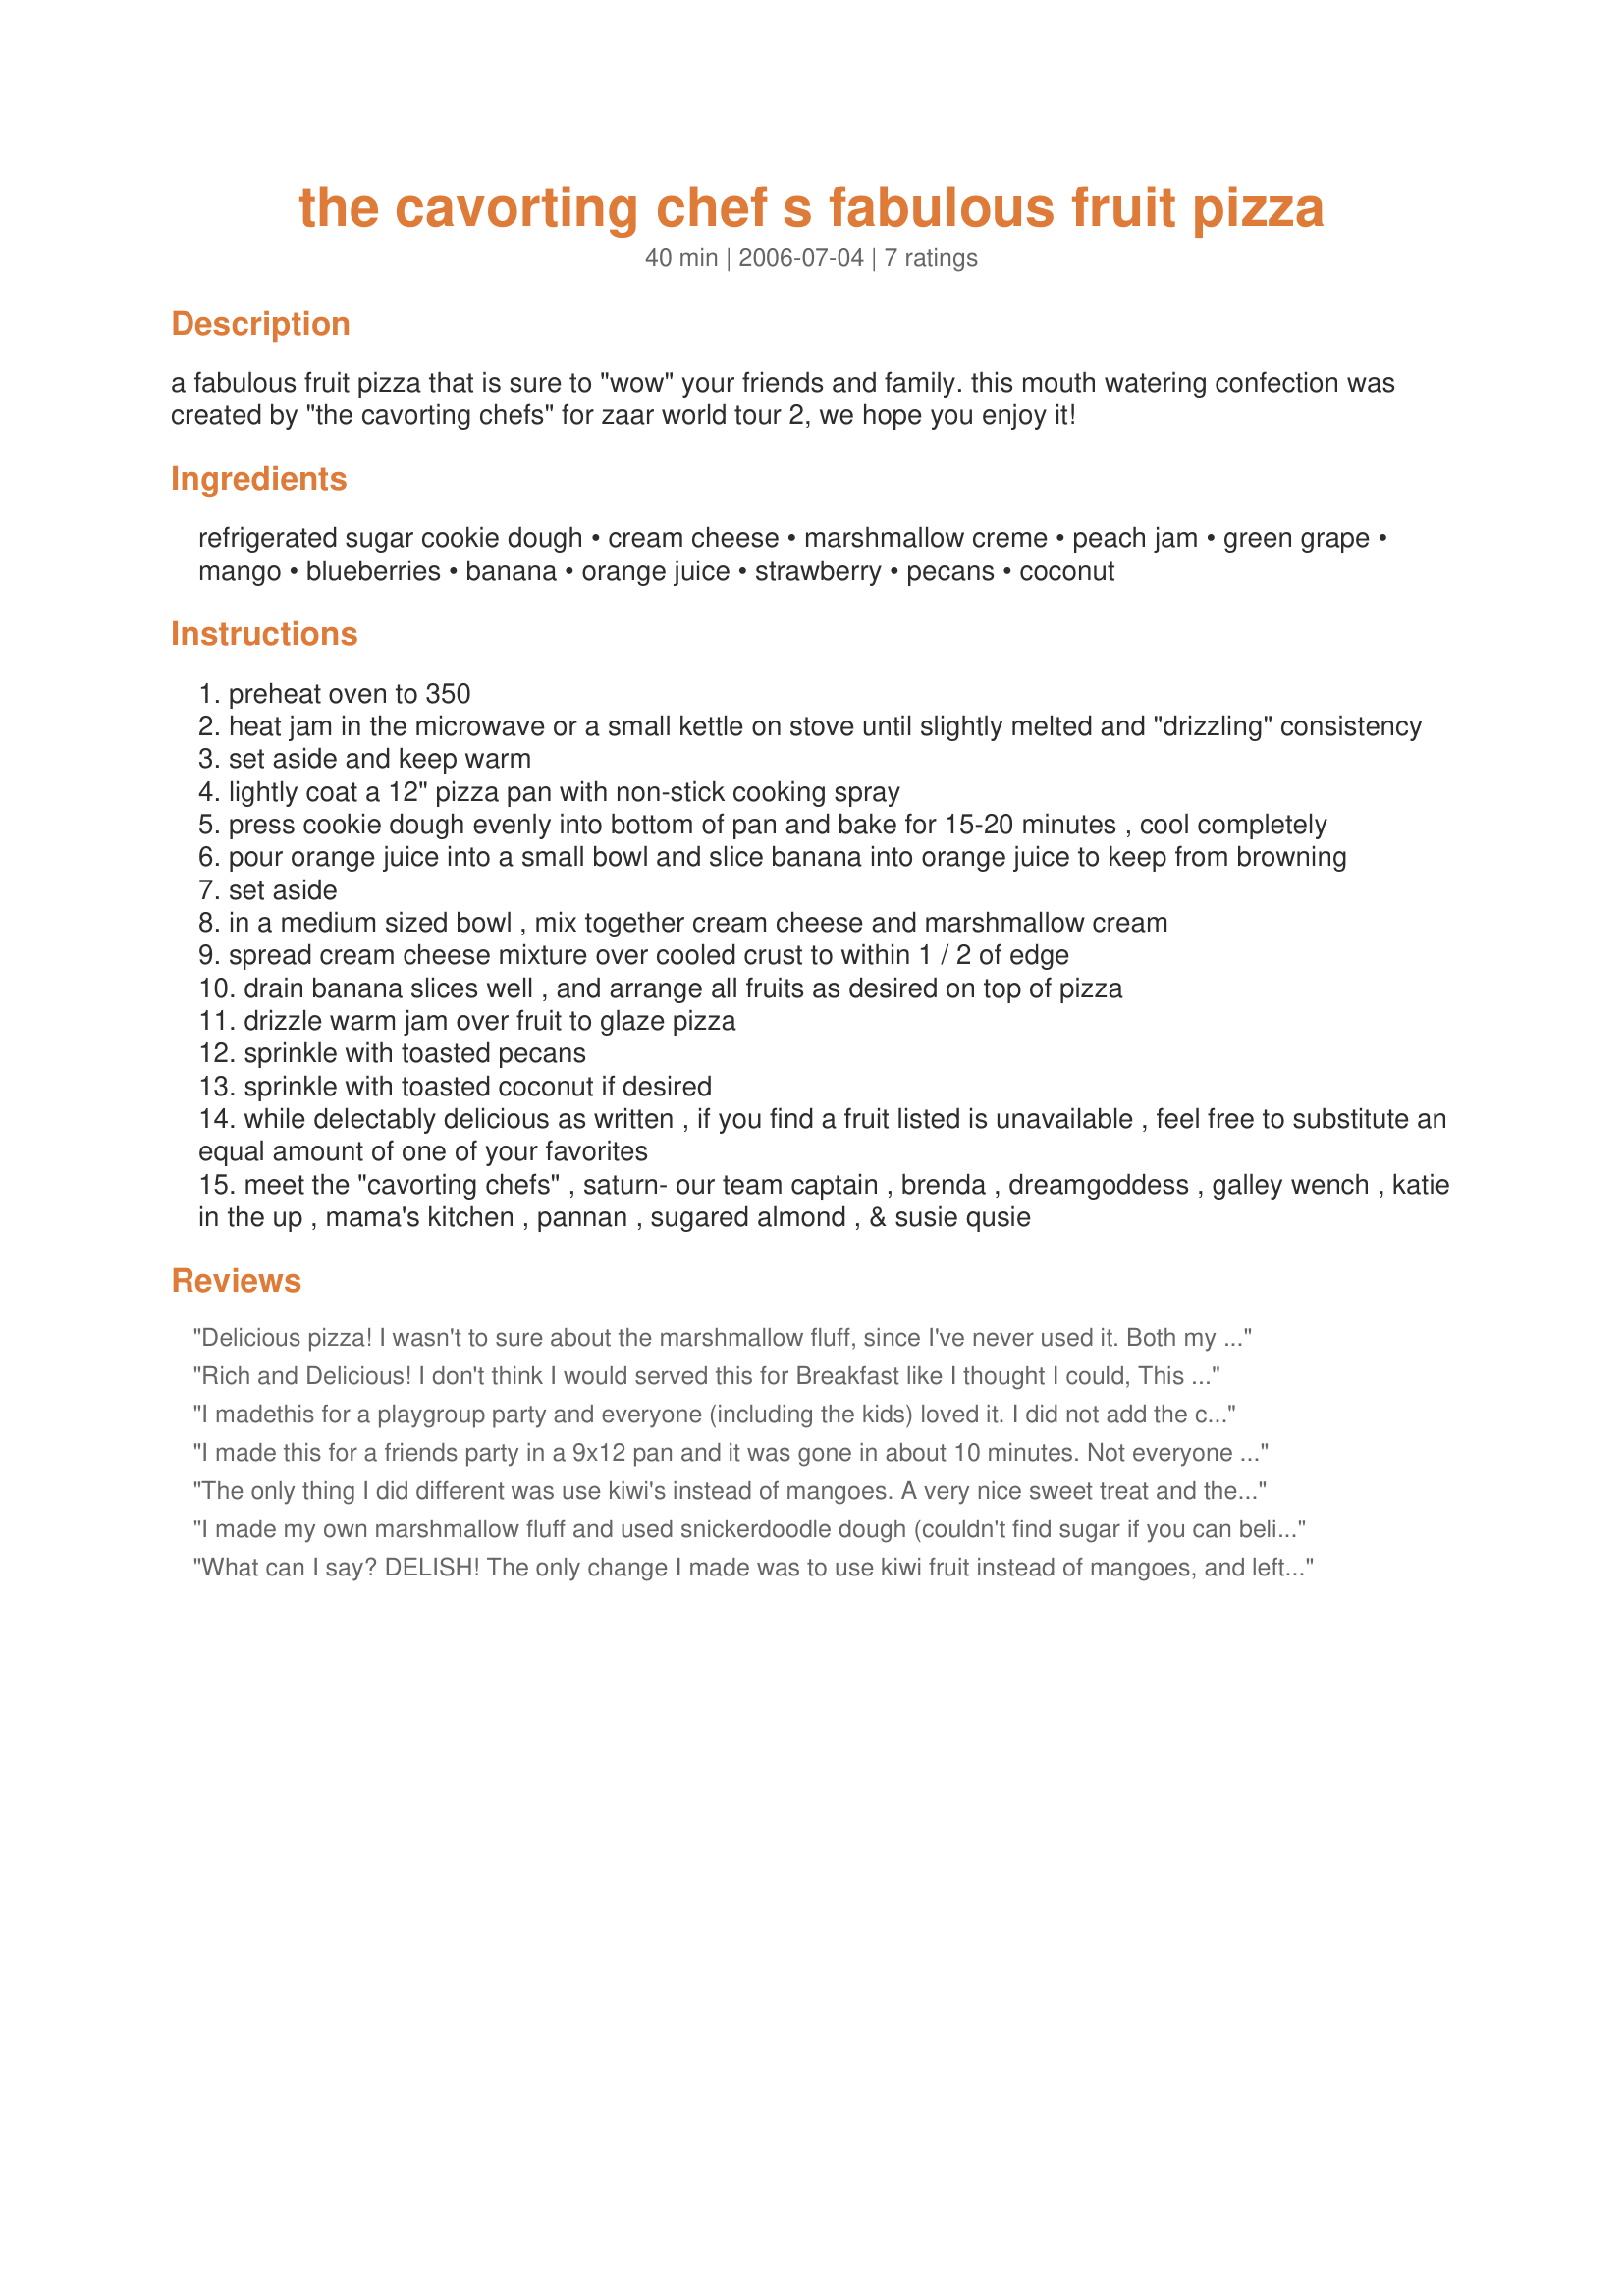
the cavorting chef s fabulous fruit pizza
Preparation time: 40 minutes

a fabulous fruit pizza that is sure to "wow" your friends and family. this mouth watering confection was created by "the cavorting chefs" for zaar world tour 2, we hope you enjoy it!

Ingredients:
refrigerated sugar cookie dough, cream cheese, marshmallow creme, peach jam, green grape, mango, blueberries, banana, orange juice, strawberry, pecans, coconut

Steps:
preheat oven to 350
heat jam in the microwave or a small kettle on stove until slightly melted and "drizzling" consistency
set aside and keep warm
lightly coat a 12" pizza pan with non-stick cooking spray
press cookie dough evenly into bottom of pan and bake for 15-20 minutes , cool completely
pour orange juice into a small bowl and slice banana into orange juice to keep from browning
set aside
in a medium sized bowl , mix together cream cheese and marshmallow cream
spread cream cheese mixture over cooled crust to within 1 / 2 of edge
drain banana slices well , and arrange all fruits as desired on top of pizza
drizzle warm jam over fruit to glaze pizza
sprinkle with toasted pecans
sprinkle with toasted coconut if desired
while delectably delicious as written , if you find a fruit listed is unavailable , feel free to substitute an equal amount of one of your favorites
meet the "cavorting chefs" , saturn- our team captain , brenda , dreamgoddess , galley wench , katie in the up , mama's kitchen , pannan , sugared almond , & susie qusie

Reviews:
Delicious pizza! I wasn't to sure about the marshmallow fluff, since I've never used it. Both my husband and daughter yummed themselves through their pieces. :)
Rich and Delicious! I don't think I would served this for Breakfast like I thought I could, This for me is definetly to be used as a Dessert with a hot cup of coffee! Just Delightful!
I madethis for a playgroup party and everyone (including the kids) loved it. I did not add the coconut or pecans to it and it was still great. I used whatever fruit I could find- kiwi, blueberries, strawberries, bananas, grapes and it was great. The crust is awesome and so easy. I made the crust the night before and covered it with plastic wrap. Definitely a great fresh recipe!
I made this for a friends party in a 9x12 pan and it was gone in about 10 minutes. Not everyone got to try it. It was perfect. I just received an email from a friend that was told by a person that was there that they want this receipe. 5 star rating. I suggest making a double batch.
The only thing I did different was use kiwi's instead of mangoes. A very nice sweet treat and the kids loved it too! Thank you Nick's Mom, I still hold the title of Best Cooker Auntie!!
I made my own marshmallow fluff and used snickerdoodle dough (couldn't find sugar if you can believe that!). The cookie dough was that break-n-bake sort and didn't want to roll out in a circular shape, so it looked haphazardish, but the taste was divine. Let me just rave about the marshmallow-cream cheese mixture. Mmmmm! I had some left over that I've been dipping left-over fruit into and scarfing. I used low-fat cream cheese and it worked out well. Good for me cuz I can't stop eating this lucious pizza. Thanks for making this, <b>Cavorting Chefs</b>. We certainly enjoyed the heck out of it!
What can I say? DELISH! The only change I made was to use kiwi fruit instead of mangoes, and left off the coconut. Even my picky husband had several pieces! Thanks so much for posting.
